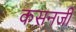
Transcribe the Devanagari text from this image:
कसनजी